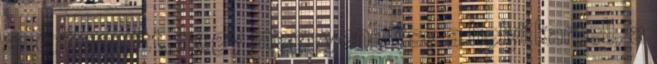
azért van itt, hogy meggyengítse a helyi kartell, a